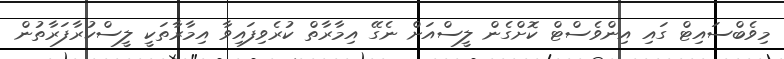
މިވެބްސައިޓް ގައި އިންވެސްޓް ކޮށްގެން ލީސްއަށް ނެގޭ އިމާރާތް ކުރެވިފައިވާ އިމާރާތަކީ ލީސްކުރާފަރާތުން